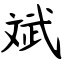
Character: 斌